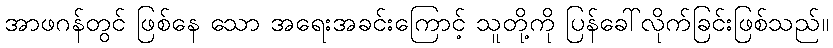
အာဖဂန်တွင် ဖြစ်နေ သော အရေးအခင်းကြောင့် သူတို့ကို ပြန်ခေါ်လိုက်ခြင်းဖြစ်သည်။